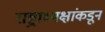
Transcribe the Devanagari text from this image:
राष्ट्राध्यक्षांकडून